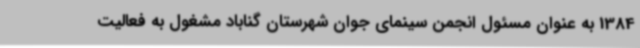
1384 به عنوان مسئول انجمن سینمای جوان شهرستان گناباد مشغول به فعالیت